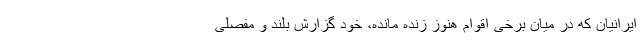
ایرانیان که در میان برخی اقوام هنوز زنده مانده، خود گزارش بلند و مفصلی